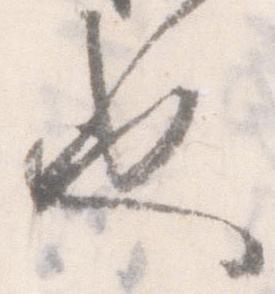
也